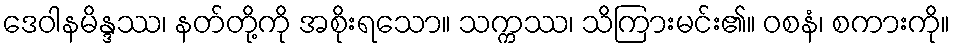
ဒေဝါနမိန္ဒဿ၊ နတ်တို့ကို အစိုးရသော။ သက္ကဿ၊ သိကြားမင်း၏။ ဝစနံ၊ စကားကို။